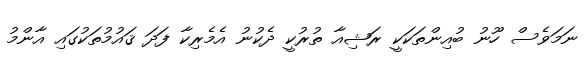
ނަމަވެސް ހޫނު ބުއިންތަކަކީ ރަޝިއާ ތުރުކީ ދެކުނު އެމެރިކާ ފަދަ ޤައުމުތަކުގައި އާންމު